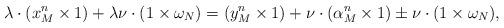
LaTeX: \begin{align*}\lambda\cdot(x_M^n\times 1)+\lambda\nu\cdot(1\times\omega_{N})=(y_M^n\times 1)+\nu\cdot(\alpha^n_M\times 1)\pm\nu\cdot(1\times\omega_{N}),\end{align*}